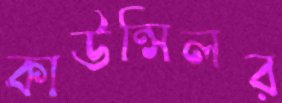
কাউন্সিলর